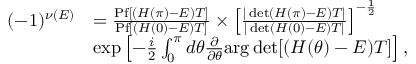
\begin{array} { r l } { ( - 1 ) ^ { \nu ( E ) } } & { = \frac { \mathrm { P f } [ ( H ( \pi ) - E ) T ] } { \mathrm { P f } [ ( H ( 0 ) - E ) T ] } \times \left[ \frac { | \operatorname* { d e t } ( H ( \pi ) - E ) T | } { | \operatorname* { d e t } ( H ( 0 ) - E ) T | } \right] ^ { - \frac { 1 } { 2 } } } \\ & { \exp \left[ - \frac { i } { 2 } \int _ { 0 } ^ { \pi } d \theta \frac { \partial } { \partial \theta } \mathrm { a r g } \operatorname* { d e t } [ ( H ( \theta ) - E ) T ] \right] , } \end{array}